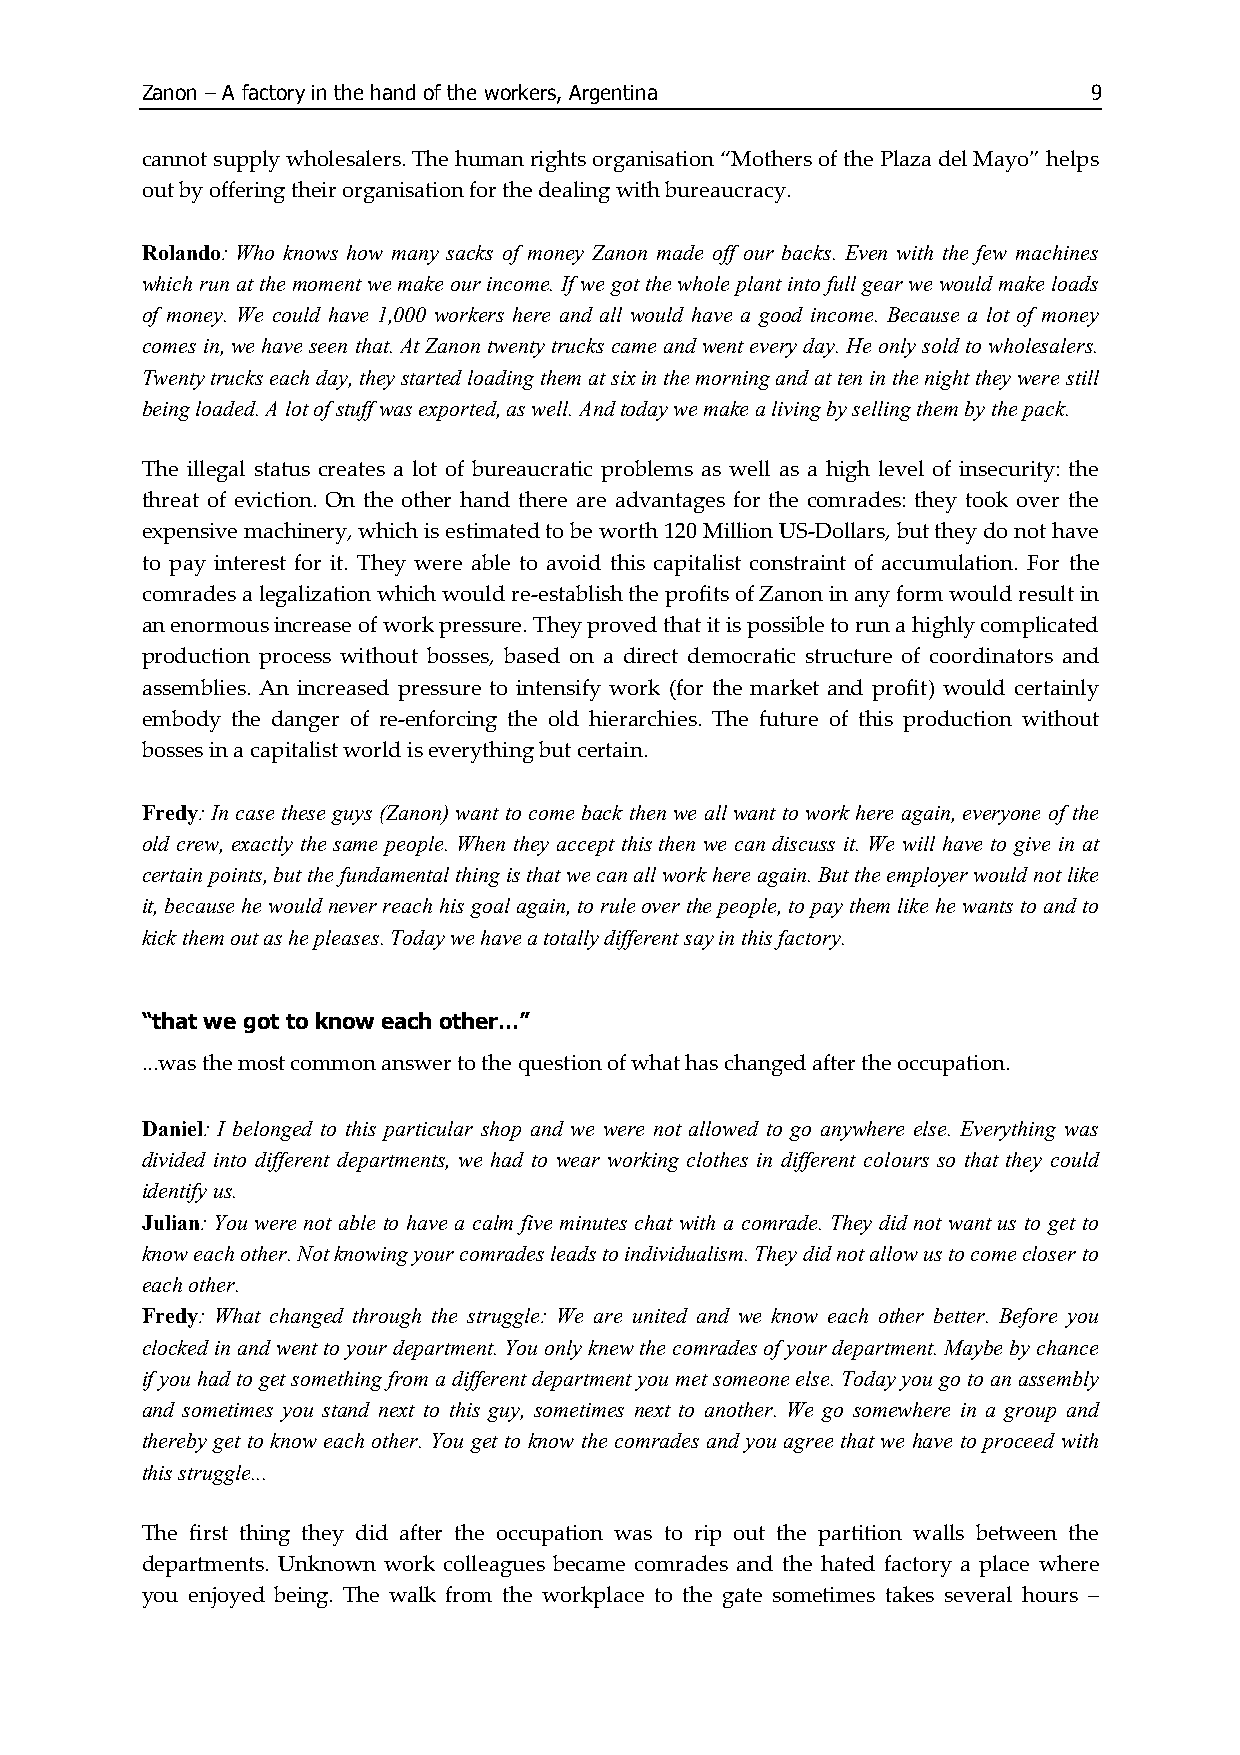
Zanon – A factory in the hand of the workers, Argentina        9
 cannot supply wholesalers. The human rights organisation “Mothers of the Plaza del Mayo” helps
 out by offering their organisation for the dealing with bureaucracy.
 Rolando: Who knows how many sacks of money Zanon made off our backs. Even with the few machines
 which run at the moment we make our income. If we got the whole plant into full gear we would make loads
 of money. We could have 1,000 workers here and all would have a good income. Because a lot of money
 comes in, we have seen that. At Zanon twenty trucks came and went every day. He only sold to wholesalers.
 Twenty trucks each day, they started loading them at six in the morning and at ten in the night they were still
 being loaded. A lot of stuff was exported, as well. And today we make a living by selling them by the pack.
 The illegal status creates a lot of bureaucratic problems as well as a high level of insecurity: the
 threat of eviction. On the other hand there are advantages for the comrades: they took over the
 expensive machinery, which is estimated to be worth 120 Million US-Dollars, but they do not have
 to pay interest for it. They were able to avoid this capitalist constraint of accumulation. For the
 comrades a legalization which would re-establish the profits of Zanon in any form would result in
 an enormous increase of work pressure. They proved that it is possible to run a highly complicated
 production process without bosses, based on a direct democratic structure of coordinators and
 assemblies. An increased pressure to intensify work (for the market and profit) would certainly
 embody the danger of re-enforcing the old hierarchies. The future of this production without
 bosses in a capitalist world is everything but certain.
 Fredy: In case these guys (Zanon) want to come back then we all want to work here again, everyone of the
 old crew, exactly the same people. When they accept this then we can discuss it. We will have to give in at
 certain points, but the fundamental thing is that we can all work here again. But the employer would not like
 it, because he would never reach his goal again, to rule over the people, to pay them like he wants to and to
 kick them out as he pleases. Today we have a totally different say in this factory.
 “that we got to know each other...”
 ...was the most common answer to the question of what has changed after the occupation.
 Daniel: I belonged to this particular shop and we were not allowed to go anywhere else. Everything was
 divided into different departments, we had to wear working clothes in different colours so that they could
 identify us.
 Julian: You were not able to have a calm five minutes chat with a comrade. They did not want us to get to
 know each other. Not knowing your comrades leads to individualism. They did not allow us to come closer to
 each other.
 Fredy: What changed through the struggle: We are united and we know each other better. Before you
 clocked in and went to your department. You only knew the comrades of your department. Maybe by chance
 if you had to get something from a different department you met someone else. Today you go to an assembly
 and sometimes you stand next to this guy, sometimes next to another. We go somewhere in a group and
 thereby get to know each other. You get to know the comrades and you agree that we have to proceed with
 this struggle...
 The first thing they did after the occupation was to rip out the partition walls between the
 departments. Unknown work colleagues became comrades and the hated factory a place where
 you enjoyed being. The walk from the workplace to the gate sometimes takes several hours –